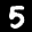
Label: 5